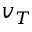
v _ { T }